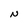
Character: N